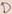
Text: D